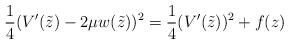
LaTeX: \begin{align*}\frac 14(V'(\tilde z) - 2\mu w(\tilde z))^2 =\frac 14(V'(\tilde z))^2+ f(z)\end{align*}